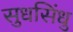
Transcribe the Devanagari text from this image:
सुधसिंधु